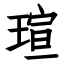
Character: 瑄